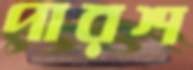
পারশ